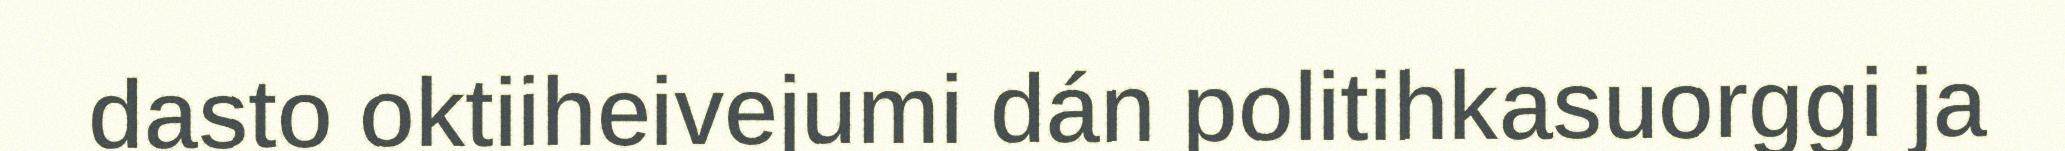
dasto oktiiheivejumi dán politihkasuorggi ja